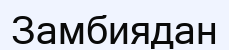
Замбиядан